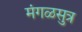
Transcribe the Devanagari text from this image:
मंगळसुत्र